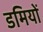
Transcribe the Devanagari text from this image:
डमियों